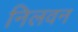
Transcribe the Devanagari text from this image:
निलवन